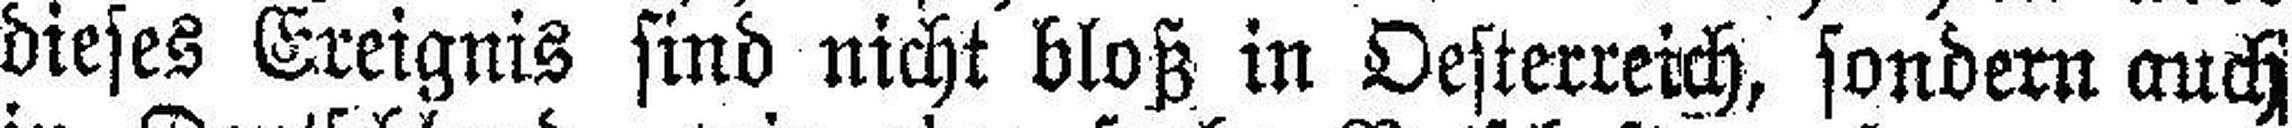
dieses Ereignis sind nicht bloß in Oesterreich, sondern auch